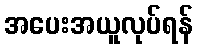
အပေးအယူလုပ်ရန်